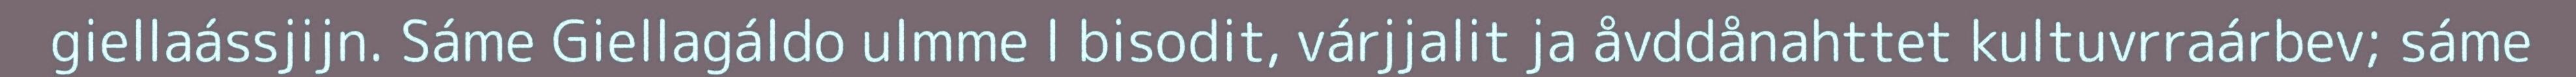
giellaássjijn. Sáme Giellagáldo ulmme l bisodit, várjjalit ja åvddånahttet kultuvrraárbev; sáme